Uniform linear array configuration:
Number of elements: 8
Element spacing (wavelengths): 0.75
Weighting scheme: exponential
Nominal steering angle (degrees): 45
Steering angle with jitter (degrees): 43.451
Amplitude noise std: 0.05
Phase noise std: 0.05

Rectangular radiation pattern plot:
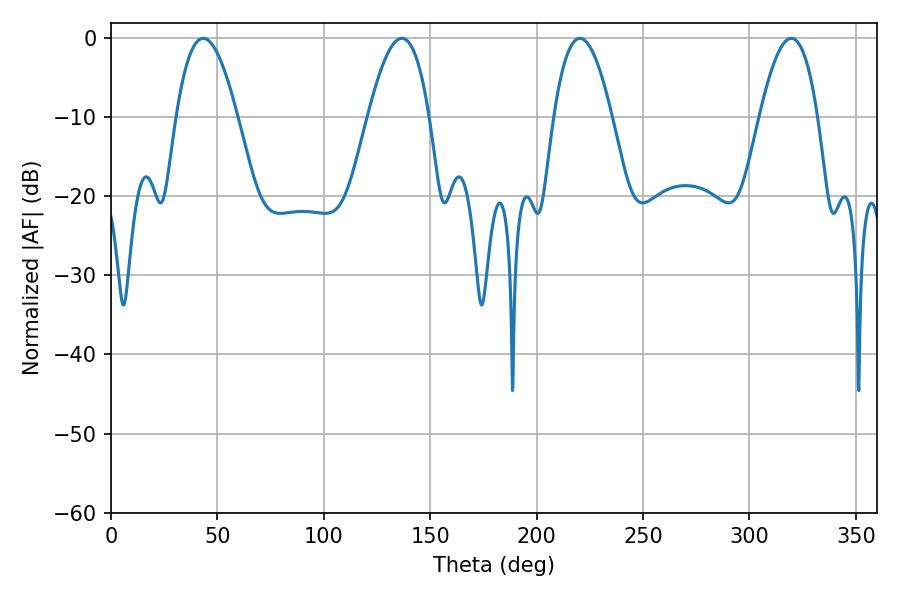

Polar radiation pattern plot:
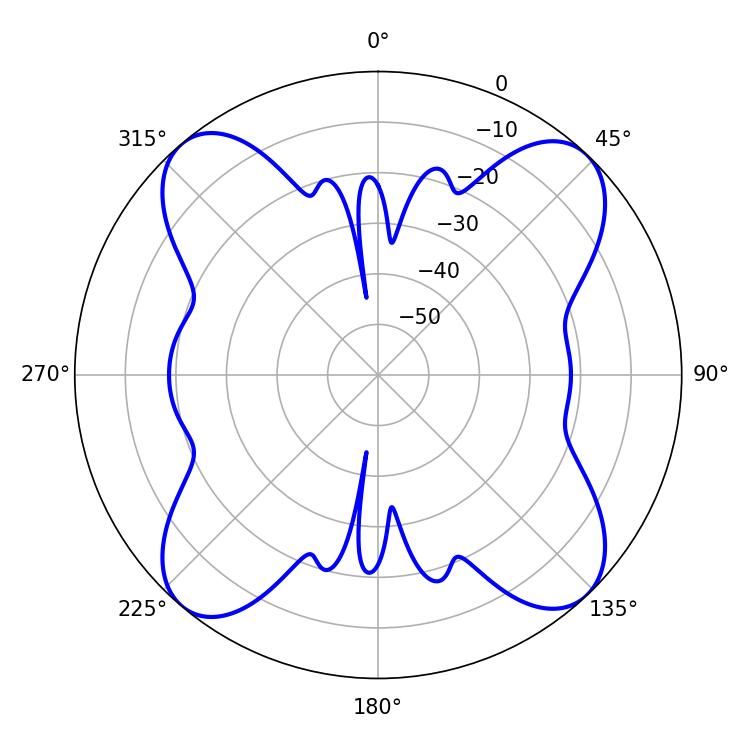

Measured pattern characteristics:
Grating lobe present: TRUE
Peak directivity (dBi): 16.983
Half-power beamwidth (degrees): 14.94
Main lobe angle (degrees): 220.32